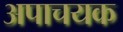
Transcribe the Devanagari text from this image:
अपाचयक